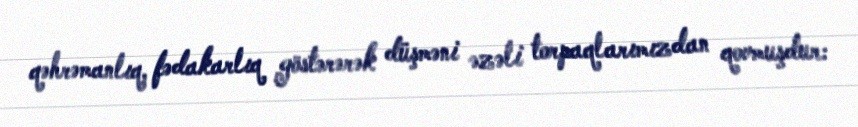
qəhrəmanlıq, fədakarlıq göstərərək düşməni əzəli torpaqlarımızdan qovmuşdur: